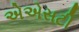
એએસટી